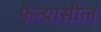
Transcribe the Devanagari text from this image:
फेन्यासील